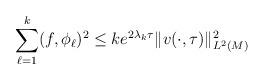
LaTeX: \begin{align*}\sum_{\ell =1}^k(f,\phi_\ell )^2 \le ke^{2\lambda _k\tau}\|v(\cdot ,\tau )\|_{L^2(M)}^2\end{align*}